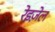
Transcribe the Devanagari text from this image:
रेइज़ेल